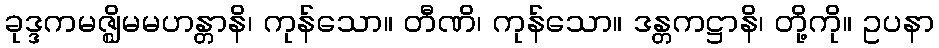
ခုဒ္ဒကမဇ္ဈိမမဟန္တာနိ၊ ကုန်သော။ တီဏိ၊ ကုန်သော။ ဒန္တကဋ္ဌာနိ၊ တို့ကို။ ဥပနာ